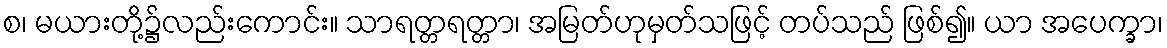
စ၊ မယားတို့၌လည်းကောင်း။ သာရတ္တရတ္တာ၊ အမြတ်ဟုမှတ်သဖြင့် တပ်သည် ဖြစ်၍။ ယာ အပေက္ခာ၊